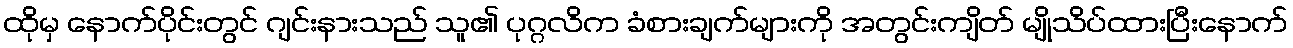
ထိုမှ နောက်ပိုင်းတွင် ဂျင်းနားသည် သူ၏ ပုဂ္ဂလိက ခံစားချက်များကို အတွင်းကျိတ် မျိုသိပ်ထားပြီးနောက်